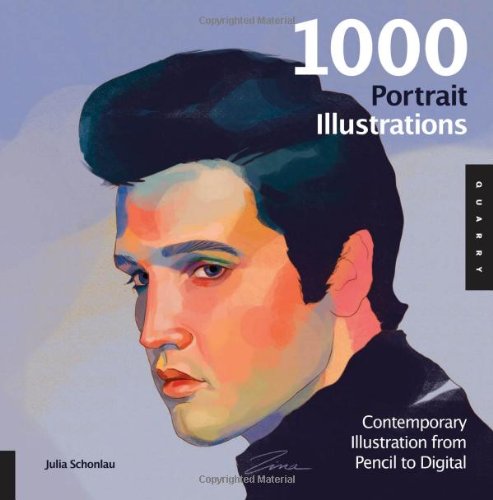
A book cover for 1,000 Portrait Illustrations: Contemporary Illustration from Pencil to Digital (1000 Series); Arts & Photography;